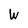
Character: W